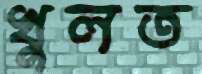
খুলত